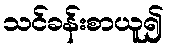
သင်ခန်းစာယူ၍